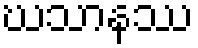
ဃသာနဿ